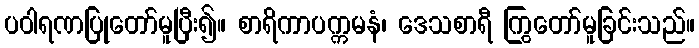
ပဝါရဏပြုတော်မူပြီး၍။ စာရိကာပက္ကမနံ၊ ဒေသစာရီ ကြွတော်မူခြင်းသည်။